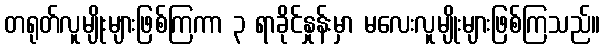
တရုတ်လူမျိုးများဖြစ်ကြကာ ၃ ရာခိုင်နှုန်းမှာ မလေးလူမျိုးများဖြစ်ကြသည်။